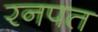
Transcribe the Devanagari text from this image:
रनपत